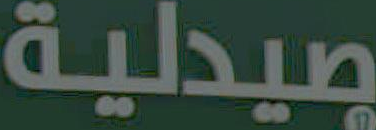
صيدلية